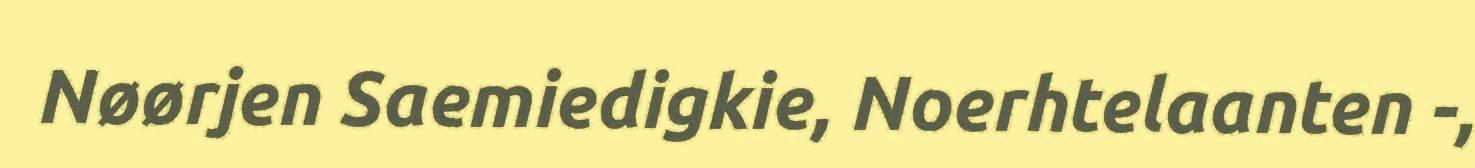
Nøørjen Saemiedigkie, Noerhtelaanten -,